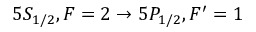
5 S _ { 1 / 2 } , F = 2 \to 5 P _ { 1 / 2 } , F ^ { \prime } = 1